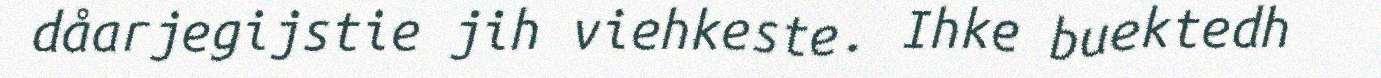
dåarjegijstie jih viehkeste. Ihke buektedh